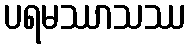
ပရမဿာသဿ